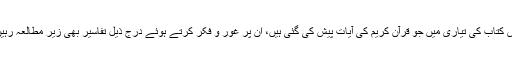
اس کتاب کی تیاری میں جو قرآن کریم کی آیات پیش کی گئی ہیں، اُن پر غور و فکر کرتے ہوئے درج ذیل تفاسیر بھی زیر مطالعہ رہیں۔